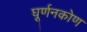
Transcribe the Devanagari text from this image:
घूर्णनकोण